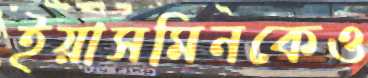
ইয়াসমিনকেও